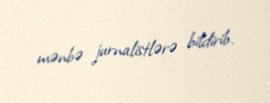
mənbə jurnalistlərə bildirib.